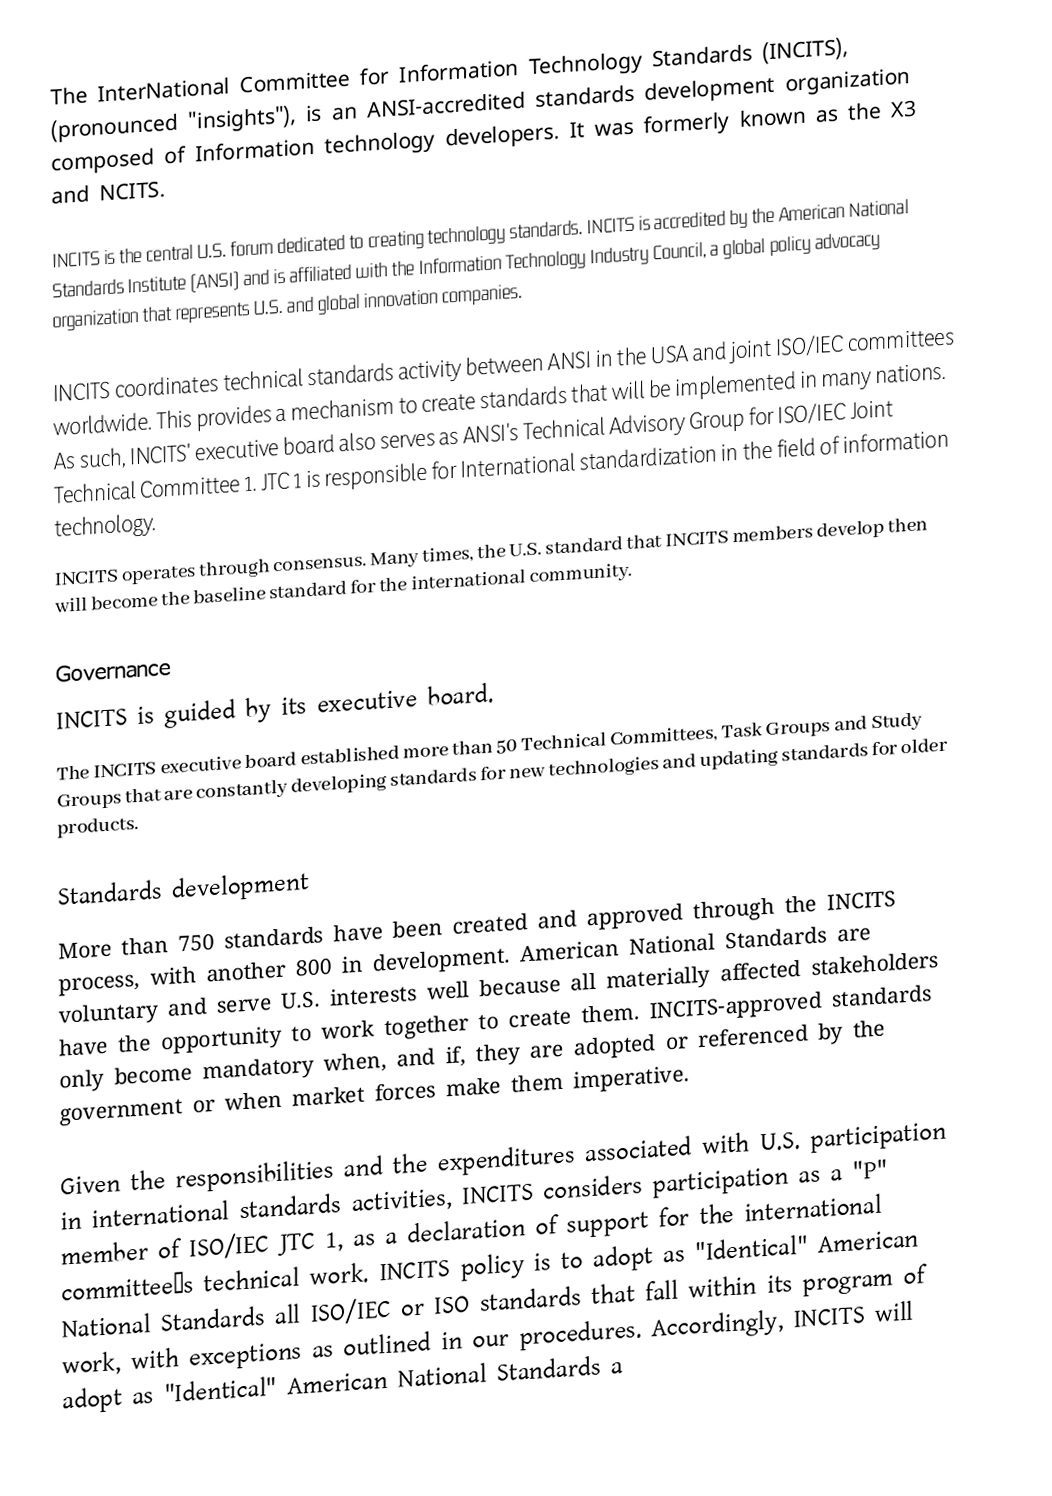
The InterNational Committee for Information Technology Standards (INCITS), (pronounced "insights"), is an ANSI-accredited standards development organization composed of Information technology developers. It was formerly known as the X3 and NCITS.

INCITS is the central U.S. forum dedicated to creating technology standards.  INCITS is accredited by the American National Standards Institute (ANSI) and is affiliated with the Information Technology Industry Council, a global policy advocacy organization that represents U.S. and global innovation companies.

INCITS coordinates technical standards activity between ANSI in the USA and joint ISO/IEC committees worldwide.  This provides a mechanism to create standards that will be implemented in many nations. As such, INCITS' executive board also serves as ANSI's Technical Advisory Group for ISO/IEC Joint Technical Committee 1. JTC 1 is responsible for International standardization in the field of information technology.
INCITS operates through consensus.  Many times, the U.S. standard that INCITS members develop then will become the baseline standard for the international community.

Governance
INCITS is guided by its executive board.
The INCITS executive board  established more than 50 Technical Committees, Task Groups and Study Groups that are constantly developing standards for new technologies and updating standards for older products.

Standards development
More than 750  standards  have been created and approved through the INCITS process, with another 800 in development.  American National Standards are voluntary and serve U.S. interests well because all materially affected stakeholders have the opportunity to work together to create them.  INCITS-approved standards only become mandatory when, and if, they are adopted or referenced by the government or when market forces make them imperative.

Given the responsibilities and the expenditures associated with U.S. participation in international standards activities, INCITS considers participation as a "P" member of ISO/IEC JTC 1, as a declaration of support for the international committee’s technical work. INCITS policy is to adopt as "Identical" American National Standards all ISO/IEC or ISO standards that fall within its program of work, with exceptions as outlined in our procedures.  Accordingly, INCITS will adopt as "Identical" American National Standards a